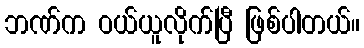
ဘဏ်က ဝယ်ယူလိုက်ပြီ ဖြစ်ပါတယ်။